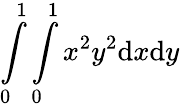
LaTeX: \int\limits_{0}^{1}\int\limits_{0}^{1}x^{2}y^{2}\mathrm{d}x\mathrm{d}y